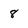
Character: 8